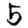
Digit: 5